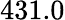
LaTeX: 431.0